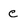
Character: e